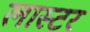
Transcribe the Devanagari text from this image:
लास्टर